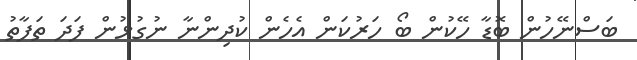
ބަސްނޭހުން ބޮޑާ ހޭކުން ބޯ ހަރުކަން އެހެން ކުދިންނާ ނުގުޅުން ފަދަ ތަފާތު